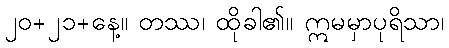
၂၀+၂၁+နေ့။ တဿ၊ ထိုခါ၏။ ဣမမှာပုရိသာ၊